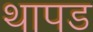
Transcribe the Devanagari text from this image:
थापड